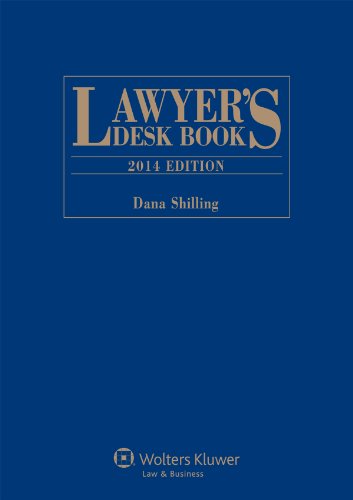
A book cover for Lawyers Desk Book, 2014 Edition; Dana Shilling; Law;